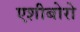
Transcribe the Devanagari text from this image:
एशीबोरो